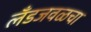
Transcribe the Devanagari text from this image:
लँडजवळचा